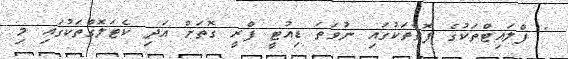
" ފްލައިޓްތަކުގެ ފޮތްތަކުގައި ނުވަތަ ޑިއުޓީ ފްރީ ގޮތަށް އަދި ކެޓަލޮގްތަކުގައި މި